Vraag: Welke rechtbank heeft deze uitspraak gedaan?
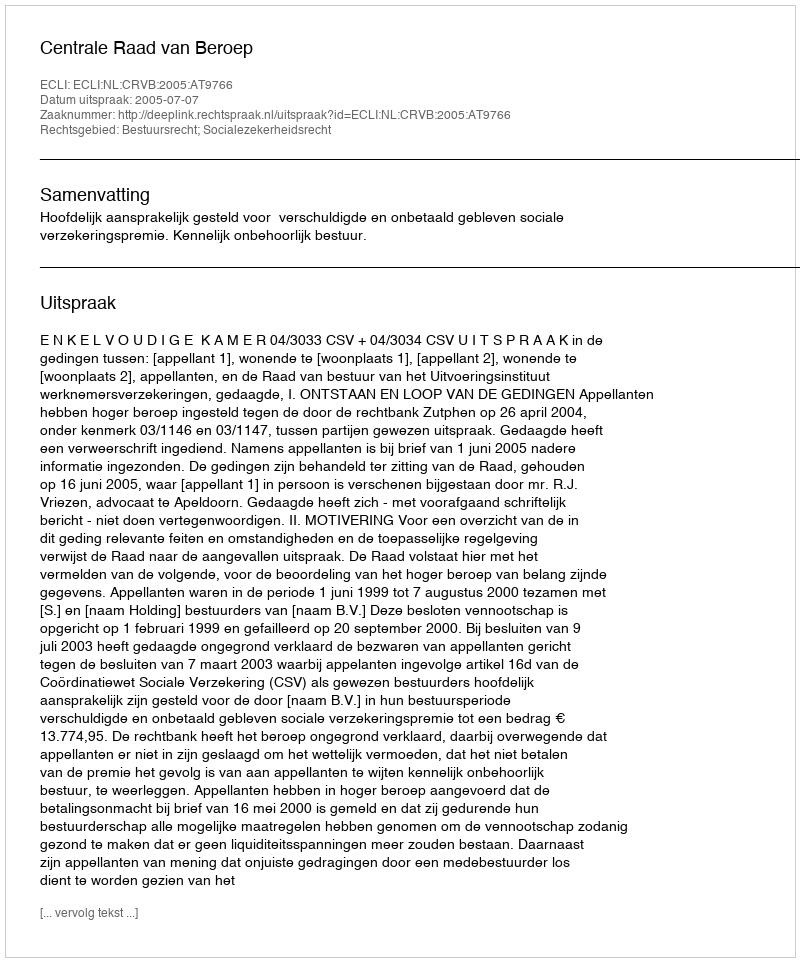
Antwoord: Centrale Raad van Beroep